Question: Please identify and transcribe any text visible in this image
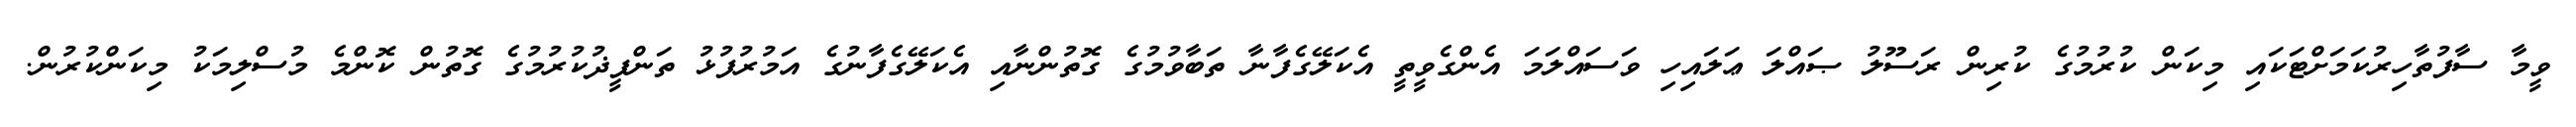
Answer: ވީމާ ސާފުތާހިރުކަމަށްޓަކައި މިކަން ކުރުމުގެ ކުރިން ރަސޫލު ޞައްލަ ޢަލައިހި ވަސައްލަމަ އެންގެވީތީ އެކަލޭގެފާނާ ތަބާވުމުގެ ގޮތުންނާއި އެކަލޭގެފާނުގެ އަމުރުފުޅު ތަންފީޛުކުރުމުގެ ގޮތުން ކޮންމެ މުސްލިމަކު މިކަންކުރުން.